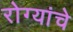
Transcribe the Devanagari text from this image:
रोग्यांचे